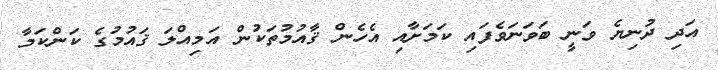
އަދި ދުނިޔެ ވަނީ ބަވަނަވެފައި ކަމަށާއި އެހެން ޤާއުމުތަކުން އަމިއްލަ ޤައުމުގެ ކަންކަމާ